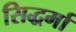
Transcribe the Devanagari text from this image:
सिद्धर्मा